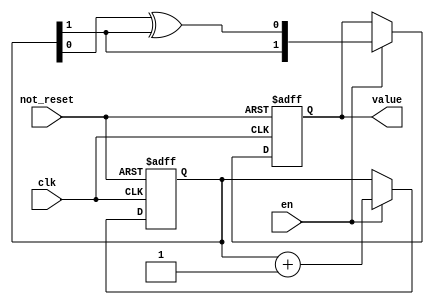
`timescale 1ns / 1ps

module gray_counter
       #(
           parameter WIDTH = 2
       )
       (
           input clk,
           input not_reset,
           input en,

           output reg [WIDTH-1:0] value
       );

reg [WIDTH-1:0] counter;

always @(posedge clk or negedge not_reset) begin
    if(~not_reset) begin
        counter <= 1;
        value <= 0;
    end
    else if(en) begin
        counter <= counter + 1;
        value <= {counter[WIDTH-1], counter[WIDTH-2:0] ^ counter[WIDTH-1:1]};
    end
end

endmodule